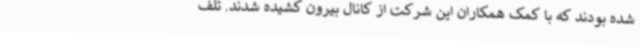
شده بودند که با کمک همکاران این شرکت از کانال بیرون کشیده شدند. تلف